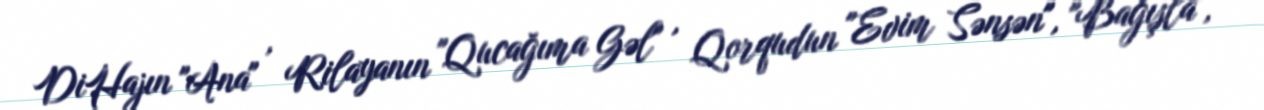
DiHajın "Ana" , Rilayanın "Qucağıma Gəl" , Qorqudun "Evim Sənsən", "Bağışla",